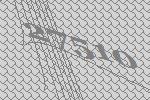
27510